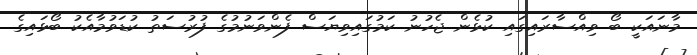
މާނައަކީ ބޯ ވިއްސާރައިގައި ކުޅެން ޖެހުނު ކަމުގައިވިޔަސް ފެންވަނުމުގެ ފުރުސަތު ކުޑަވުމާއެކު ބޯޅައިގެ